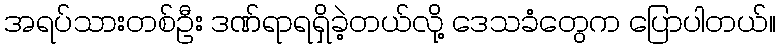
အရပ်သားတစ်ဦး ဒဏ်ရာရရှိခဲ့တယ်လို့ ဒေသခံတွေက ပြောပါတယ်။